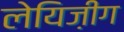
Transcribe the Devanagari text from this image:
लेयिज़ीग